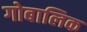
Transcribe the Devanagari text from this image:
गोबालिक